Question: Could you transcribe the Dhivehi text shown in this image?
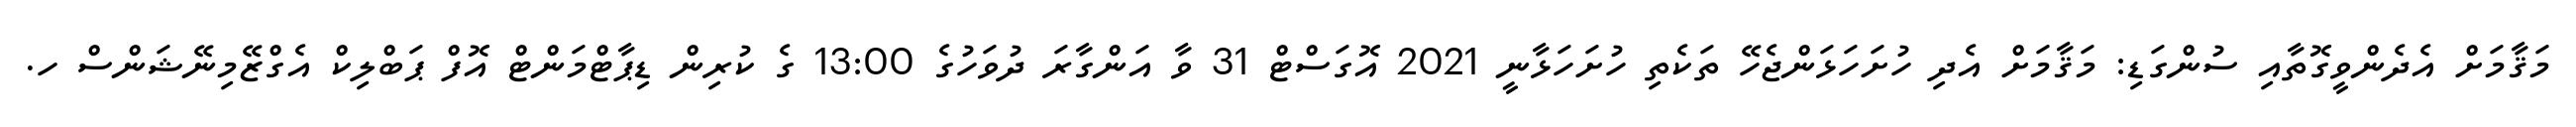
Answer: މަޤާމަށް އެދެންވީގޮތާއި ސުންގަޑި: މަޤާމަށް އެދި ހުށަހަޅަންޖެހޭ ތަކެތި ހުށަހަޅާނީ 2021 އޮގަސްޓް 31 ވާ އަންގާރަ ދުވަހުގެ 13:00 ގެ ކުރިން ޑިޕާޓްމަންޓް އޮފް ޕަބްލިކް އެގްޒޭމިނޭޝަންސް ހ.